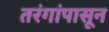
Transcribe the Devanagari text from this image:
तरंगांपासून